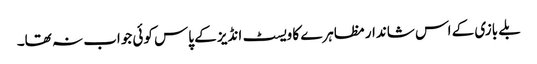
بلے بازی کے اس شاندار مظاہرے کا ویسٹ انڈیز کے پاس کوئی جواب نہ تھا۔